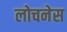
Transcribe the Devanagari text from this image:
लोचनेस